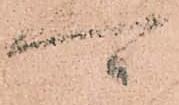
可